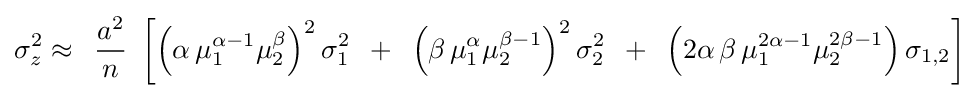
\sigma _{z}^{2}\approx \,\,\,{\frac {a^{2}}{n}}\,\,\left[{\left(\alpha \,\mu _{1}^{\alpha -1}\mu _{2}^{\beta }\right)^{2}\sigma _{1}^{2}\,\,\,+\,\,\,\left(\beta \,\mu _{1}^{\alpha }\mu _{2}^{\beta -1}\right)^{2}\sigma _{2}^{2}\,\,\,+\,\,\,\left(2\alpha \,\beta \,\mu _{1}^{2\alpha -1}\mu _{2}^{2\beta -1}\right)\sigma _{1,2}}\right]